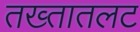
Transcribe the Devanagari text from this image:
तख्तातलट